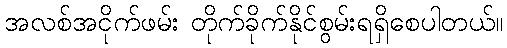
အလစ်အငိုက်ဖမ်း တိုက်ခိုက်နိုင်စွမ်းရရှိစေပါတယ်။